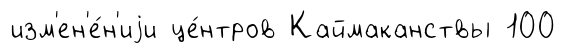
изм'ен'е́н'иjи це́нтров Каймаканствы 100